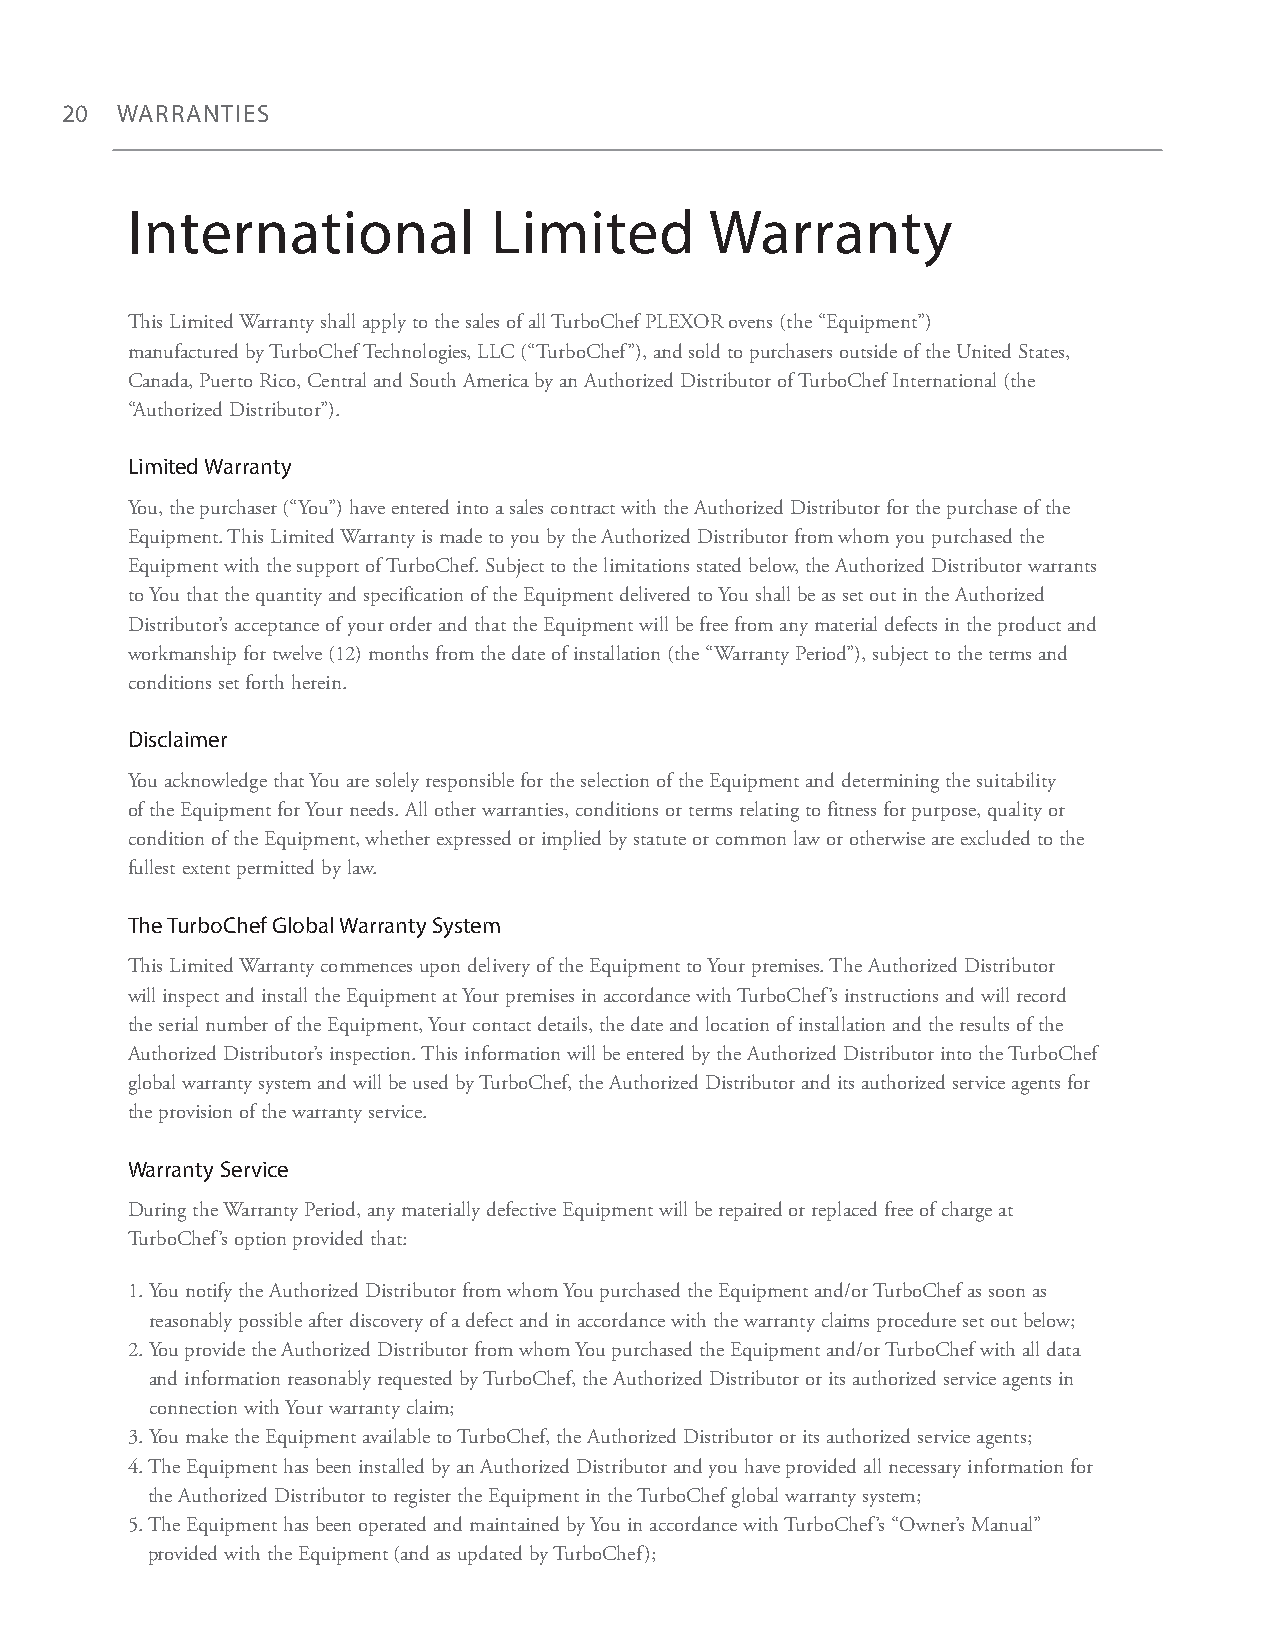
20  WARRANTIES
 International            Limited       Warranty
 This Limited Warranty shall apply to the sales of all TurboChef PLEXOR ovens (the “Equipment”)
 manufactured by TurboChef Technologies, LLC (“TurboChef”), and sold to purchasers outside of the United States,
 Canada, Puerto Rico, Central and South America by an Authorized Distributor of TurboChef International (the
 “Authorized Distributor”).
 Limited Warranty
 You, the purchaser (“You”) have entered into a sales contract with the Authorized Distributor for the purchase of the
 Equipment. This Limited Warranty is made to you by the Authorized Distributor from whom you purchased the
 Equipment with the support of TurboChef. Subject to the limitations stated below, the Authorized Distributor warrants
 to You that the quantity and specification of the Equipment delivered to You shall be as set out in the Authorized
 Distributor’s acceptance of your order and that the Equipment will be free from any material defects in the product and
 workmanship for twelve (12) months from the date of installation (the “Warranty Period”), subject to the terms and
 conditions set forth herein.
 Disclaimer
 You acknowledge that You are solely responsible for the selection of the Equipment and determining the suitability
 of the Equipment for Your needs. All other warranties, conditions or terms relating to fitness for purpose, quality or
 condition of the Equipment, whether expressed or implied by statute or common law or otherwise are excluded to the
 fullest extent permitted by law.
 The TurboChef Global Warranty System
 This Limited Warranty commences upon delivery of the Equipment to Your premises. The Authorized Distributor
 will inspect and install the Equipment at Your premises in accordance with TurboChef’s instructions and will record
 the serial number of the Equipment, Your contact details, the date and location of installation and the results of the
 Authorized Distributor’s inspection. This information will be entered by the Authorized Distributor into the TurboChef
 global warranty system and will be used by TurboChef, the Authorized Distributor and its authorized service agents for
 the provision of the warranty service.
 Warranty Service
 During the Warranty Period, any materially defective Equipment will be repaired or replaced free of charge at
 TurboChef’s option provided that:
 1. You notify the Authorized Distributor from whom You purchased the Equipment and/or TurboChef as soon as
 reasonably possible after discovery of a defect and in accordance with the warranty claims procedure set out below;
 2. You provide the Authorized Distributor from whom You purchased the Equipment and/or TurboChef with all data
 and information reasonably requested by TurboChef, the Authorized Distributor or its authorized service agents in
 connection with Your warranty claim;
 3. You make the Equipment available to TurboChef, the Authorized Distributor or its authorized service agents;
 4. The Equipment has been installed by an Authorized Distributor and you have provided all necessary information for
 the Authorized Distributor to register the Equipment in the TurboChef global warranty system;
 5. The Equipment has been operated and maintained by You in accordance with TurboChef’s “Owner’s Manual”
 provided with the Equipment (and as updated by TurboChef);